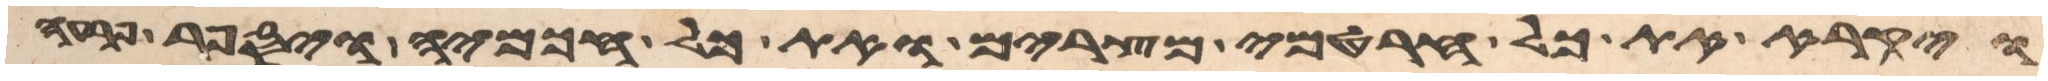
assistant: ויקרא את כל חרטמי מצרים ואת כל חכמיה ויספר פרעה